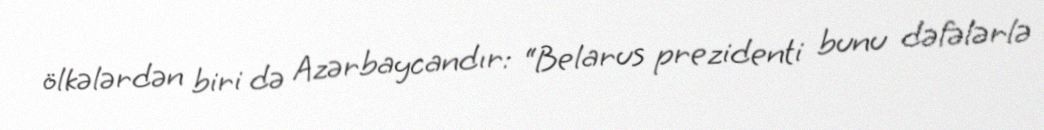
ölkələrdən biri də Azərbaycandır: “Belarus prezidenti bunu dəfələrlə